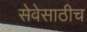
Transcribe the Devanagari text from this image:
सेवेसाठीच